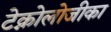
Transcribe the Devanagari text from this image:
टेक्नोलोजीका